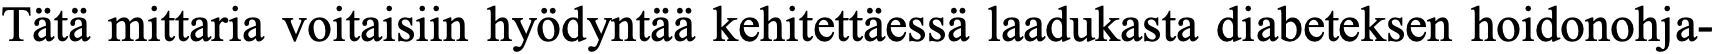
Tätä mittaria voitaisiin hyödyntää kehitettäessä laadukasta diabeteksen hoidonohja-